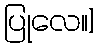
ပြုလေ။]